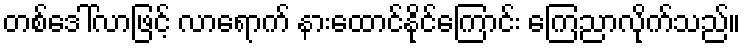
တစ်ဒေါ်လာဖြင့် လာရောက် နားထောင်နိုင်ကြောင်း ကြေညာလိုက်သည်။